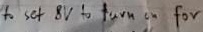
Text: to set 8V to turn on for